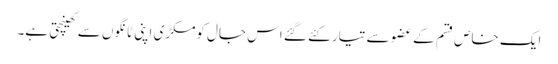
ایک خاص قسم کے عضو سے تیار کئے گئے اس جال کومکڑی اپنی ٹانگوں سے کھینچتی ہے۔